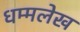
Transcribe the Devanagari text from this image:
धम्मलेख